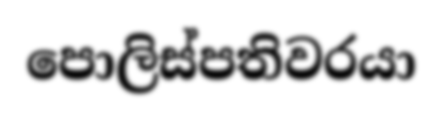
පොලිස්පතිවරයා